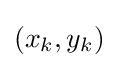
(x_{k},y_{k})